Vaccination in Burma 1889-1999 - 1889-1999
Year: 1889
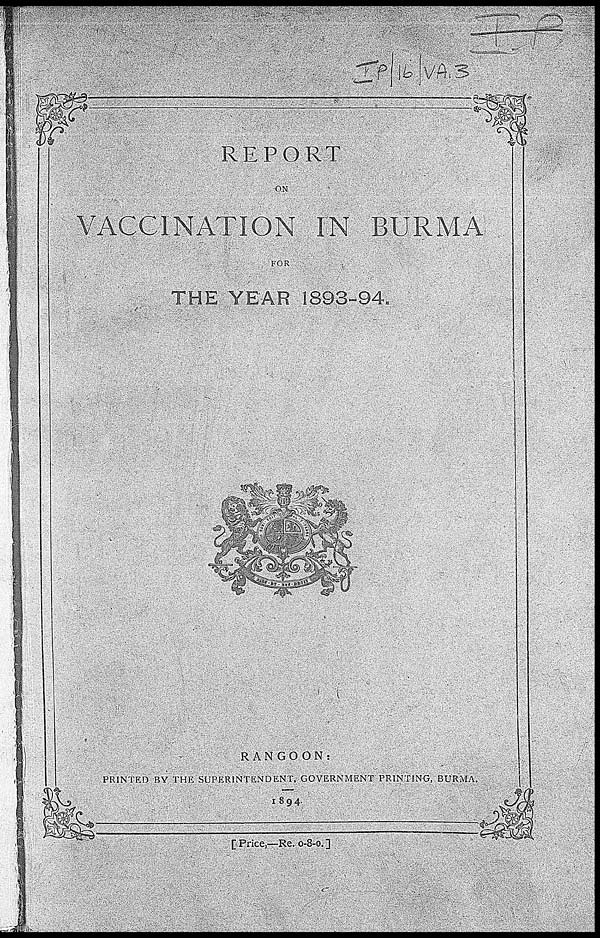
REPORT
ON
VACCINATION IN BURMA
FOR
THE YEAR 1893-94.
RANGOON:
PRINTED BY THE SUPERINTENDENT, GOVERNMENT PRINTING, BURMA.
1894.
[ Price,—Re. 0-8-0. ]